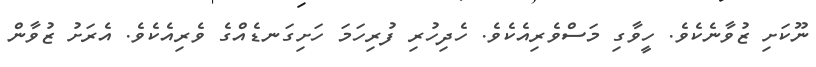
ނޫކަށި ޒުވާނެކެވެ. ހީވާގި މަސްވެރިއެކެވެ. ހެދިހުރި ފުރިހަމަ ހަށިގަނޑެއްގެ ވެރިއެކެވެ. އެރަށު ޒުވާން